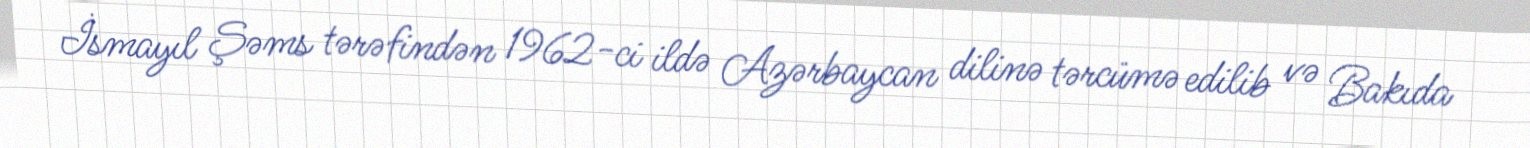
İsmayıl Şəms tərəfindən 1962-ci ildə Azərbaycan dilinə tərcümə edilib və Bakıda